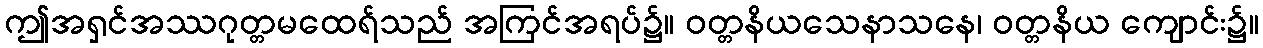
ဤအရှင်အဿဂုတ္တမထေရ်သည် အကြင်အရပ်၌။ ဝတ္တနိယသေနာသနေ၊ ဝတ္တနိယ ကျောင်း၌။